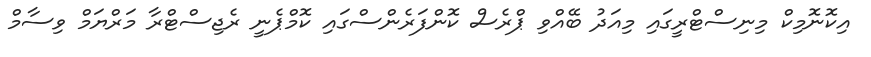
އިކޮނޮމިކް މިނިސްޓްރީގައި މިއަދު ބޭއްވި ޕްރެސް ކޮންފަރެންސްގައި ކޮމްޕެނީ ރެޖިސްޓްރާ މަރްޔަމް ވިސާމް